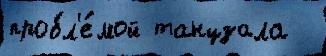
пробл'е́мой танцзала